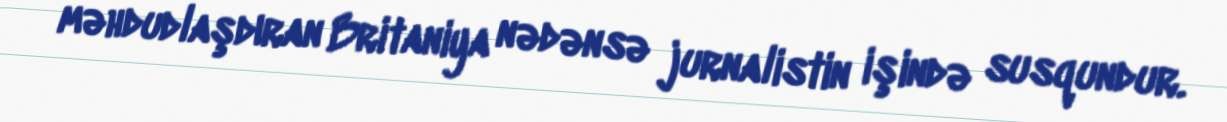
məhdudlaşdıran Britaniya nədənsə jurnalistin işində susqundur.